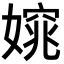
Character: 𡡃